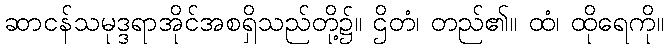
ဆာငန်သမုဒ္ဒရာအိုင်အစရှိသည်တို့၌။ ဌိတံ၊ တည်၏။ ထံ၊ ထိုရေကို။